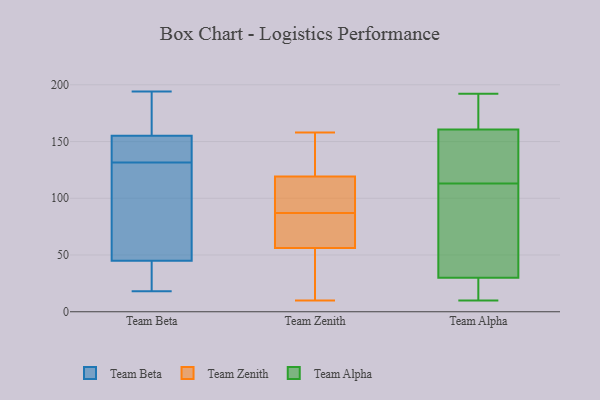
{"axis": {"x": "Waste Production (Tons)", "y": "Value"}, "legend": ["Team Alpha", "Team Beta", "Team Zenith"], "data": [{"x": "", "y": 118, "type": "Team Beta"}, {"x": "", "y": 175, "type": "Team Beta"}, {"x": "", "y": 155, "type": "Team Beta"}, {"x": "", "y": 91, "type": "Team Beta"}, {"x": "", "y": 132, "type": "Team Beta"}, {"x": "", "y": 18, "type": "Team Beta"}, {"x": "", "y": 194, "type": "Team Beta"}, {"x": "", "y": 141, "type": "Team Beta"}, {"x": "", "y": 30, "type": "Team Beta"}, {"x": "", "y": 45, "type": "Team Beta"}, {"x": "", "y": 164, "type": "Team Beta"}, {"x": "", "y": 35, "type": "Team Beta"}, {"x": "", "y": 142, "type": "Team Beta"}, {"x": "", "y": 131, "type": "Team Beta"}, {"x": "", "y": 105, "type": "Team Zenith"}, {"x": "", "y": 10, "type": "Team Zenith"}, {"x": "", "y": 71, "type": "Team Zenith"}, {"x": "", "y": 56, "type": "Team Zenith"}, {"x": "", "y": 158, "type": "Team Zenith"}, {"x": "", "y": 102, "type": "Team Zenith"}, {"x": "", "y": 87, "type": "Team Zenith"}, {"x": "", "y": 150, "type": "Team Zenith"}, {"x": "", "y": 57, "type": "Team Zenith"}, {"x": "", "y": 26, "type": "Team Zenith"}, {"x": "", "y": 86, "type": "Team Zenith"}, {"x": "", "y": 23, "type": "Team Zenith"}, {"x": "", "y": 97, "type": "Team Zenith"}, {"x": "", "y": 93, "type": "Team Zenith"}, {"x": "", "y": 156, "type": "Team Zenith"}, {"x": "", "y": 143, "type": "Team Zenith"}, {"x": "", "y": 124, "type": "Team Zenith"}, {"x": "", "y": 48, "type": "Team Zenith"}, {"x": "", "y": 82, "type": "Team Zenith"}, {"x": "", "y": 10, "type": "Team Alpha"}, {"x": "", "y": 113, "type": "Team Alpha"}, {"x": "", "y": 146, "type": "Team Alpha"}, {"x": "", "y": 148, "type": "Team Alpha"}, {"x": "", "y": 25, "type": "Team Alpha"}, {"x": "", "y": 192, "type": "Team Alpha"}, {"x": "", "y": 139, "type": "Team Alpha"}, {"x": "", "y": 159, "type": "Team Alpha"}, {"x": "", "y": 161, "type": "Team Alpha"}, {"x": "", "y": 48, "type": "Team Alpha"}, {"x": "", "y": 167, "type": "Team Alpha"}, {"x": "", "y": 184, "type": "Team Alpha"}, {"x": "", "y": 13, "type": "Team Alpha"}, {"x": "", "y": 84, "type": "Team Alpha"}, {"x": "", "y": 28, "type": "Team Alpha"}, {"x": "", "y": 21, "type": "Team Alpha"}, {"x": "", "y": 177, "type": "Team Alpha"}, {"x": "", "y": 36, "type": "Team Alpha"}, {"x": "", "y": 96, "type": "Team Alpha"}]}